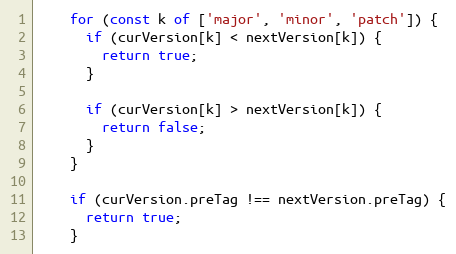
Language: JavaScript
    for (const k of ['major', 'minor', 'patch']) {
      if (curVersion[k] < nextVersion[k]) {
        return true;
      }

      if (curVersion[k] > nextVersion[k]) {
        return false;
      }
    }

    if (curVersion.preTag !== nextVersion.preTag) {
      return true;
    }